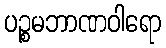
ပဉ္စမဘာဏဝါရော